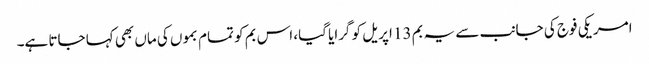
امریکی فوج کی جانب سے یہ بم 13 اپریل کو گرایا گیا، اس بم کو تمام بموں کی ماں بھی کہا جاتا ہے۔